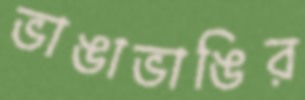
ভাঙাভাঙির